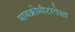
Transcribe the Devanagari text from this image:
मायक्रोमीटरपेक्षा